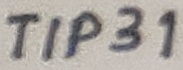
Text: TIP31